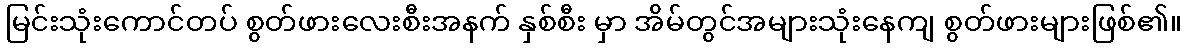
မြင်းသုံးကောင်တပ် စွတ်ဖားလေးစီးအနက် နှစ်စီး မှာ အိမ်တွင်အများသုံးနေကျ စွတ်ဖားများဖြစ်၏။